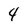
Character: 4